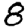
Digit: 8